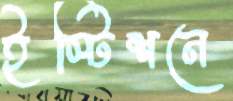
ইস্টিশনে